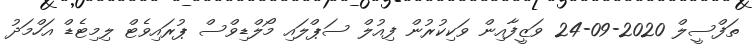
ތަފްސީލް 2020-09-24 ވަޒީފާއިން ވަކިކުރުން ފިއުލް ސަޕްލައި މޯލްޑިވްސް ޕުރައިވެޓް ލިމިޓެޑް އަހްމަދު